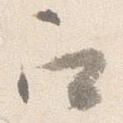
召